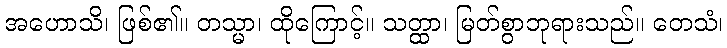
အဟောသိ၊ ဖြစ်၏။ တသ္မာ၊ ထိုကြောင့်။ သတ္ထာ၊ မြတ်စွာဘုရားသည်။ တေသံ၊